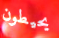
يحيطون